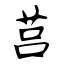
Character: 莒